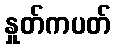
နှုတ်ကပတ်